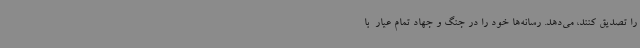
را تصدیق کنند، می‌دهد. رسانه‌ها خود را در جنگ و جهاد تمام عیار  با